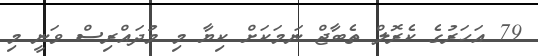
79 އަހަރުގެ ކެރޮލް ތެބާޖް ނަމަކަށް ކިޔާ މި މުދައްރިސް ވަނީ މި